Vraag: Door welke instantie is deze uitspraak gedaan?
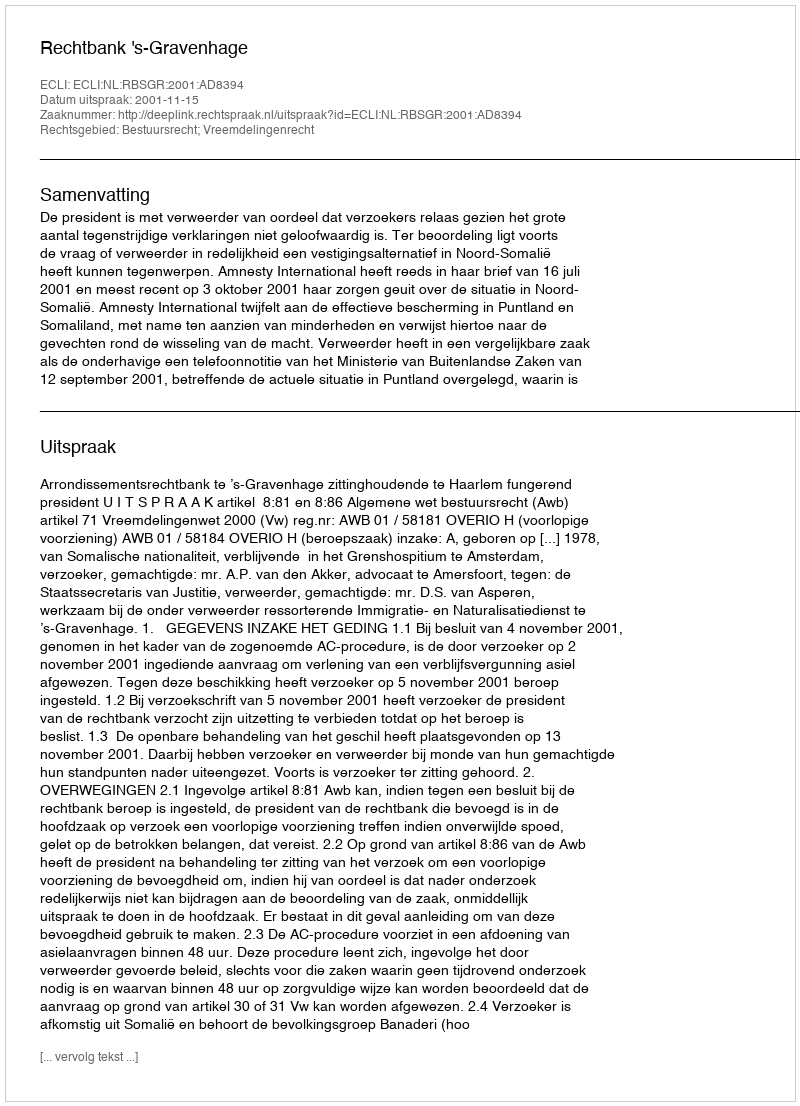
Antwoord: Rechtbank 's-Gravenhage